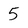
Character: 5